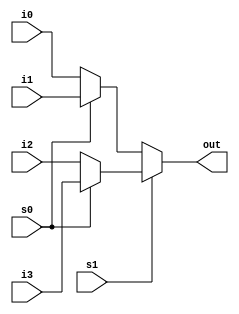
`timescale 1ns / 1ps
//////////////////////////////////////////////////////////////////////////////////
// Company: 
// Engineer: 
// 
// Design Name: 
// Module Name:    Mux4inLogical 
// Project Name: 
// Target Devices: 
// Tool versions: 
// Description: 
//
// Dependencies: 
//
// Revision: 
// Revision 0.01 - File Created
// Additional Comments: 
//
//////////////////////////////////////////////////////////////////////////////////
module Mux4inLogical(out, i0,i1,i2,i3, s0, s1);
input i0, i1, i2, i3;
input s0, s1;
output out;
assign out = s1? (s0?i3:i2) : (s0?i1:i0);
endmodule